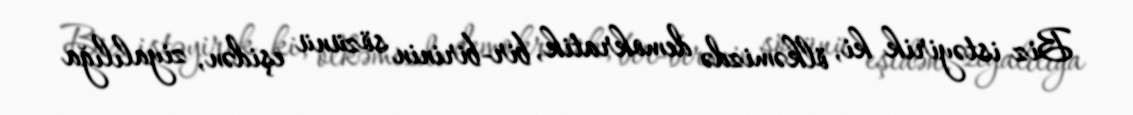
Biz istəyirik ki, ölkəmizdə demokratik, bir-birinin sözünü eşidən, ziyalılığa